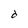
Character: d